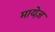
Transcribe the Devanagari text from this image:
मायेज़